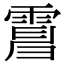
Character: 𩃿